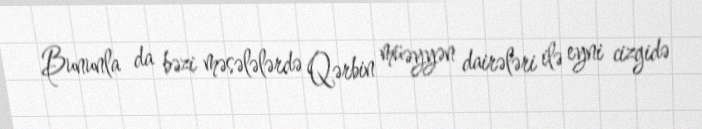
Bununla da bəzi məsələlərdə Qərbin müəyyən dairələri ilə eyni cizgidə